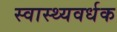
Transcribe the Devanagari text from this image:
स्‍वास्‍थ्‍यवर्धक